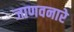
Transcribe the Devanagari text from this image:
जाणवनारे